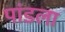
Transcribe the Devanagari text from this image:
पांडला